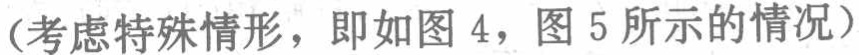
（考虑特殊情形，即如图 4，图 5 所示的情况）